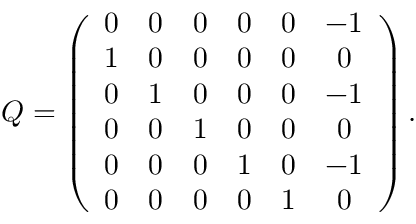
Q = \left( \begin{array} { c c c c c c } { { 0 } } & { { 0 } } & { { 0 } } & { { 0 } } & { { 0 } } & { { - 1 } } \\ { { 1 } } & { { 0 } } & { { 0 } } & { { 0 } } & { { 0 } } & { { 0 } } \\ { { 0 } } & { { 1 } } & { { 0 } } & { { 0 } } & { { 0 } } & { { - 1 } } \\ { { 0 } } & { { 0 } } & { { 1 } } & { { 0 } } & { { 0 } } & { { 0 } } \\ { { 0 } } & { { 0 } } & { { 0 } } & { { 1 } } & { { 0 } } & { { - 1 } } \\ { { 0 } } & { { 0 } } & { { 0 } } & { { 0 } } & { { 1 } } & { { 0 } } \end{array} \right) .